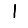
Digit: 1